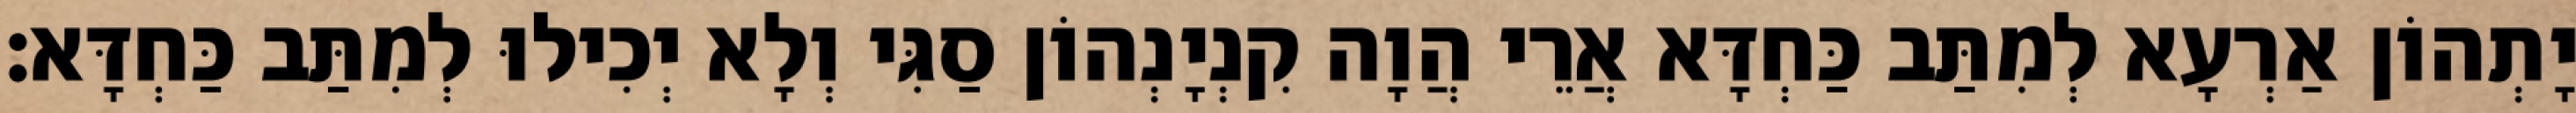
יָתְהוֹן אַרְעָא לְמִתַּב כַּחְדָּא אֲרֵי הֲוָה קִנְיָנְהוֹן סַגִּי וְלָא יְכִילוּ לְמִתַּב כַּחְדָּא׃